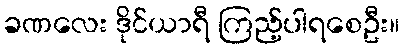
ခဏလေး ဒိုင်ယာရီ ကြည့်ပါရစေဦး။